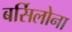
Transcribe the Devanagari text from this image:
बर्सिलोना